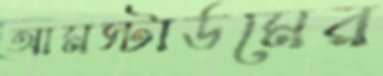
আমস্টার্ডমের